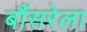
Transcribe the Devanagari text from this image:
बौंसरेला